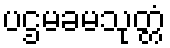
ပဌမခမသုတ္တံ